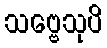
သဗ္ဗေသုပိ